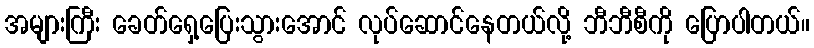
အများကြီး ခေတ်ရှေ့ပြေးသွားအောင် လုပ်ဆောင်နေတယ်လို့ ဘီဘီစီကို ပြောပါတယ်။